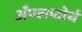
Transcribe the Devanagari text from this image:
अँपलफोर्थ